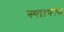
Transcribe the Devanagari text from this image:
स्थाापत्य